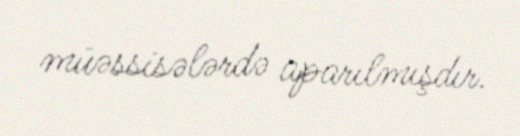
müəssisələrdə aparılmışdır.